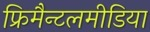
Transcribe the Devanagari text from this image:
फ्रिमैन्टलमीडिया